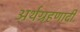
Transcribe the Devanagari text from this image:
अर्थग्रहणादी